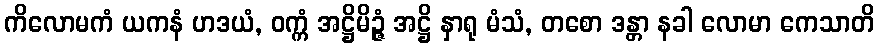
ကိလောမကံ ယကနံ ဟဒယံ, ဝက္ကံ အဋ္ဌိမိဉ္ဇံ အဋ္ဌိ နှာရု မံသံ, တစော ဒန္တာ နခါ လောမာ ကေသာတိ